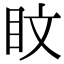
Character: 盿